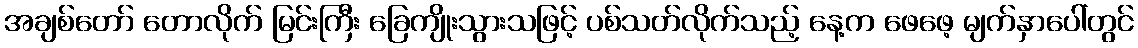
အချစ်တော် တောလိုက် မြင်းကြီး ခြေကျိုးသွားသဖြင့် ပစ်သတ်လိုက်သည့် နေ့က ဖေဖေ့ မျက်နှာပေါ်တွင်